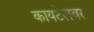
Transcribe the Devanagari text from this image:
कायटेलवर